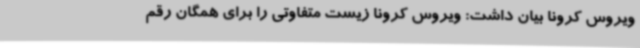
ویروس کرونا بیان داشت: ویروس کرونا زیست متفاوتی را برای همگان رقم